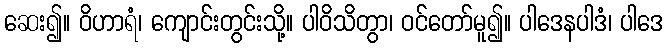
ဆေး၍။ ဝိဟာရံ၊ ကျောင်းတွင်းသို့။ ပါဝိသိတွာ၊ ဝင်တော်မူ၍။ ပါဒေနပါဒံ၊ ပါဒေ